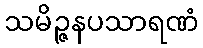
သမိဉ္ဇနပသာရဏံ